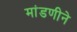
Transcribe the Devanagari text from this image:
मांडणीने